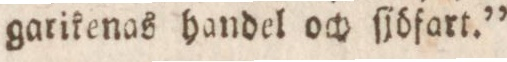
garikenas handel och ſjöfart.”